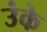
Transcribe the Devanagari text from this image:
उंके